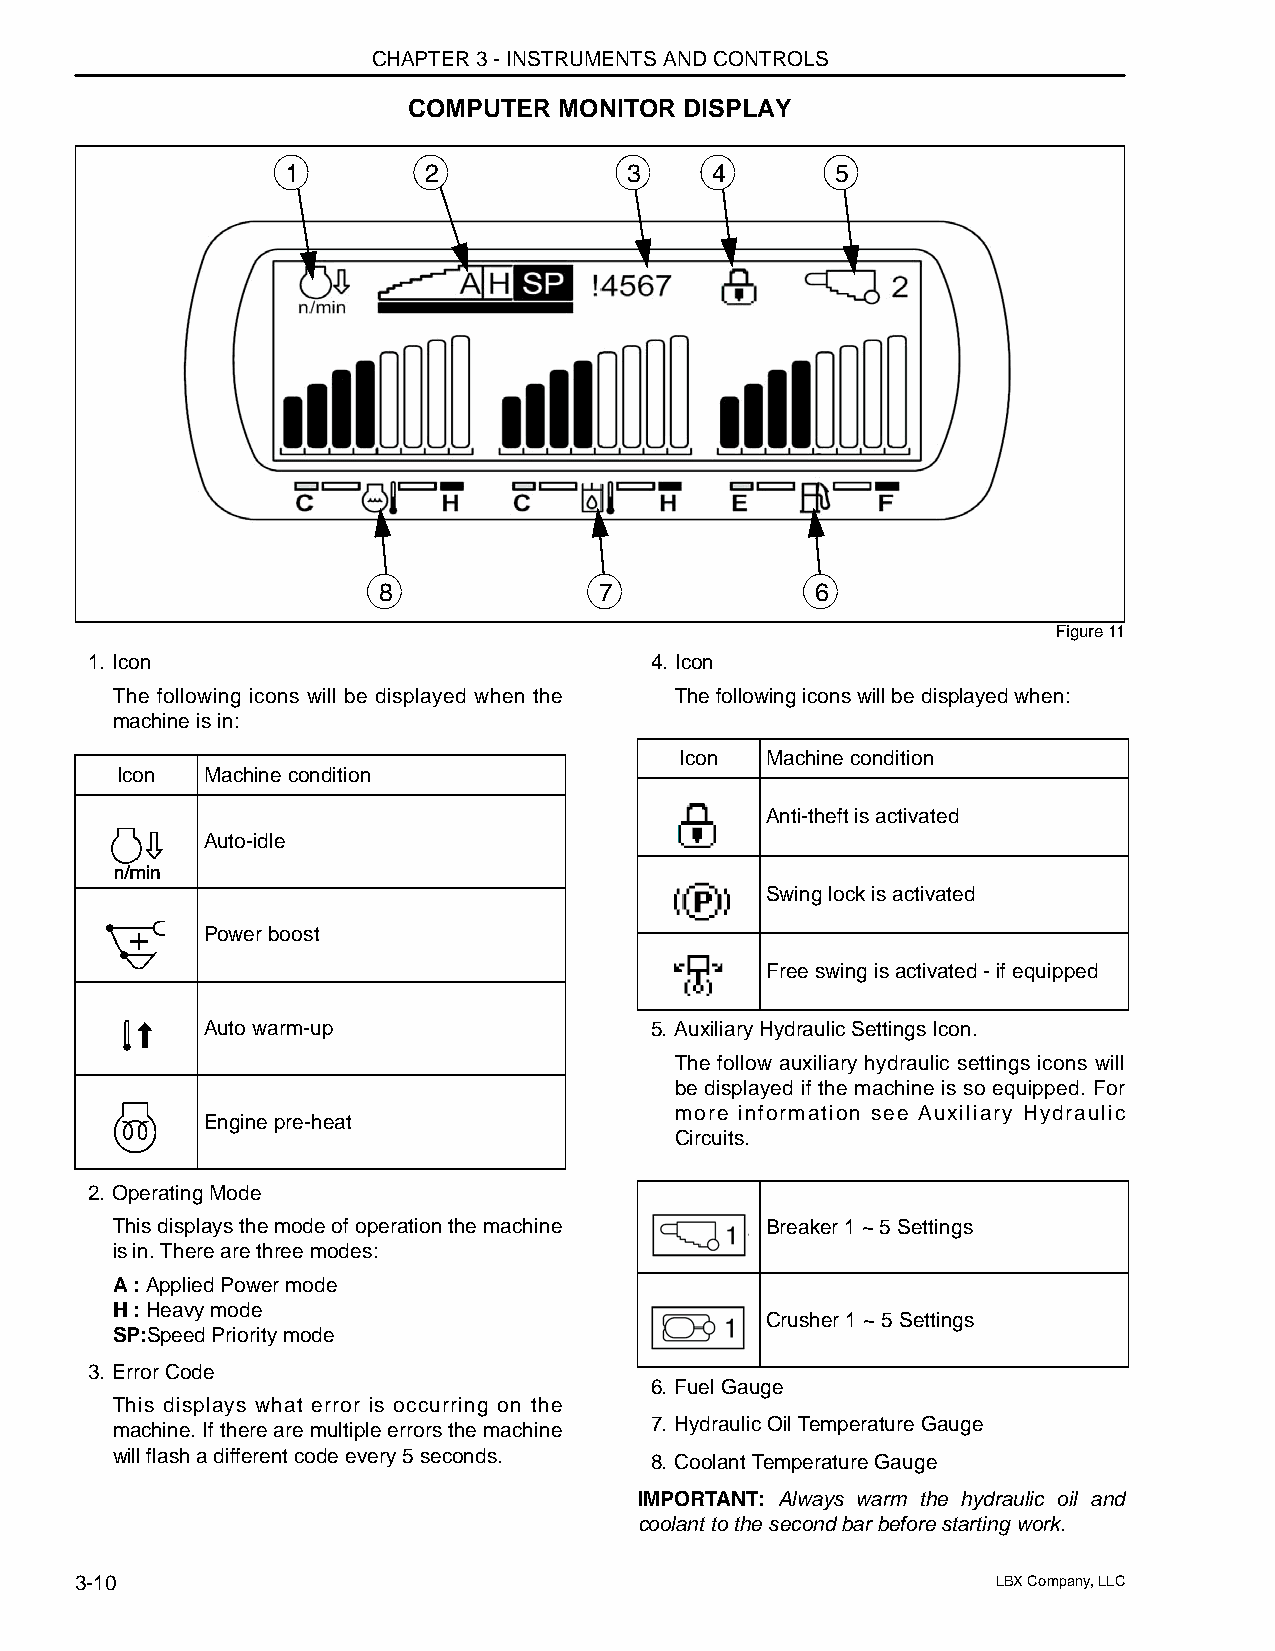
CHAPTER 3 - INSTRUMENTS AND CONTROLS
 COMPUTER  MONITOR DISPLAY
 1        2             3    4       5
 8              7             6
 Figure 11
 1. Icon                              4. Icon
 The following icons will be displayed when the The following icons will be displayed when:
 machine is in:
 Icon  Machine condition
 Icon  Machine condition
 Anti-theft is activated
 Auto-idle
 Swing lock is activated
 Power boost
 Free swing is activated - if equipped
 Auto warm-up                  5. Auxiliary Hydraulic Settings Icon.
 The follow auxiliary hydraulic settings icons will
 be displayed if the machine is so equipped. For
 more information see Auxiliary Hydraulic
 Engine pre-heat
 Circuits.
 2. Operating Mode
 This displays the mode of operation the machine Breaker 1 ~ 5 Settings
 is in. There are three modes:
 A : Applied Power mode
 H : Heavy mode
 Crusher 1 ~ 5 Settings
 SP:Speed Priority mode
 3. Error Code
 6. Fuel Gauge
 This displays what error is occurring on the
 7. Hydraulic Oil Temperature Gauge
 machine. If there are multiple errors the machine
 will flash a different code every 5 seconds. 8. Coolant Temperature Gauge
 IMPORTANT: Always warm the hydraulic oil and
 coolant to the second bar before starting work.
 3-10                                                         LBX Company, LLC